Civil Veterinary Department. Madras. Admin. report 1926-33 - 1926-1933
Year: 1926
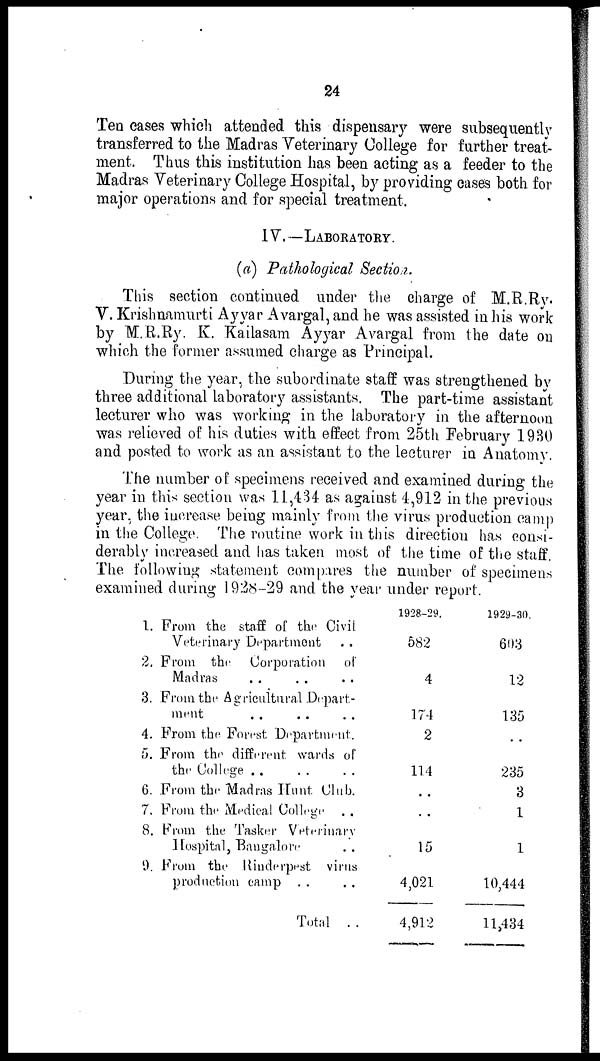
24
Ten cases which attended this dispensary were subsequently
transferred to the Madras Veterinary College for further treat-
ment. Thus this institution has been acting as a feeder to the
Madras Veterinary College Hospital, by providing cases both for
major operations and for special treatment.
IV. —LABORATORY.
(a) Pathological Section.
This section continued under the charge of M.R.Ry.
V. Krishnamurti Ayyar Avargal, and he was assisted in his work
by M.R.Ry. K. Kailasam Ayyar Avargal from the date on
which the former assumed charge as Principal.
During the year, the subordinate staff was strengthened by
three additional laboratory assistants. The part-time assistant
lecturer who was working in the laboratory in the afternoon
was relieved of his duties with effect from 25th February 1930
and posted to work as an assistant to the lecturer in Anatomy.
The number of specimens received and examined during the
year in this section was 11,434 as against 4,912 in the previous
year, the increase being mainly from the virus production camp
in the College. The routine work in this direction has consi-
derably increased and has taken most of the time of the staff
The following statement compares the number of specimens
examined during 1928-29 and the year under report.
1.
2.
3.
4.
5.
6.
7.
8.
9.
From the staff of the Civil
Veterinary Department ..
From the Corporation of
Madras .. .. ..
From the Agricultural Depart-
ment .. .. ..
From the Forest Department.
From the different wards of
the College .. .. ..
From the Madras Hunt Club.
From the Medical College ..
From the Tasker Veterinary
Hospital, Bangalore ..
From the Rinderpest virus
production camp .. ..
Total
..
1928-29.
582
4
174
2
114
..
..
15
4,021
4,912
1929-30.
603
12
135
..
235
3
1
1
10,444
11,434